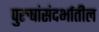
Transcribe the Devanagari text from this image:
पुरुषांसंदर्भातील